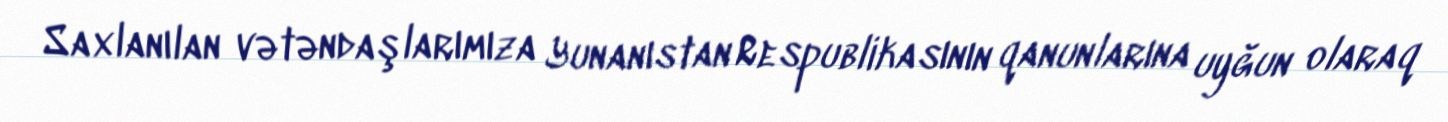
Saxlanılan vətəndaşlarımıza Yunanıstan Respublikasının qanunlarına uyğun olaraq